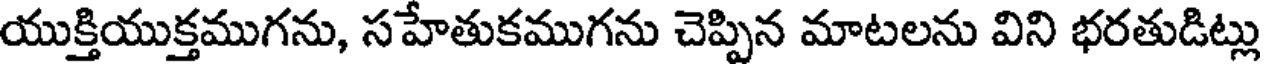
యుక్తియుక్తముగను, సహేతుకముగను చెప్పిన మాటలను విని భరతుడిట్లు